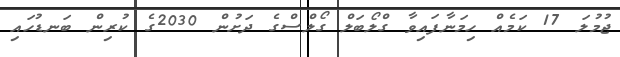
ޖުމުލަ 17 ކަމެއް ހިމަނާފައިވާ ގްލޯބަލް ގޯލްސްގެ ދަށުން 2030ގެ ކުރިން ބަނޑުހައި